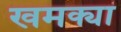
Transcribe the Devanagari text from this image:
खमक्या